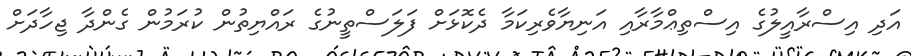
އަދި އިސްރާއީލުގެ އިސްތިޢްމާރާއި އަނިޔާވެރިކަމާ ދެކޮޅަށް ފަލަސްތީނުގެ ރައްޔިތުން ކުރަމުން ގެންދާ ޖިހާދަށް